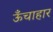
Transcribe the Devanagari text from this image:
ऊँचाहार